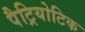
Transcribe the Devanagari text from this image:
पैट्रियोटिक